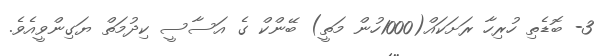
3- ބޮޑެތި ހުރިހާ ރަށަކައްް(1000ހުން މަތީ) ބޭންކް ގެ އަސާސީ ކިދުމަތް ޔަގިންވީއެވެ.